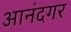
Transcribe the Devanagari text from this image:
आनंदगर